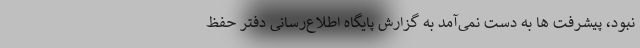
نبود، پیشرفت ها به دست نمی‌آمد به گزارش پایگاه اطلاع‌رسانی دفتر حفظ